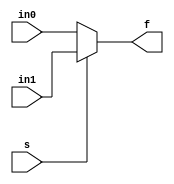
/*
 The	event	expression	in	the	
always	block	triggers	whenever	at	
least	one	of	in1,	in0	or	s	
changes.	
 The	or	keyword	specifies	the	
condi>on.	
*/
// A combinational logic example
module mux21 (in1, in0, s, f);
    input in1, in0, s;
    output reg f;
    always @(in1 or in0 or s)
    if (s)
        f = in1;
    else
        f = in0;
endmodule